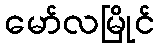
မော်လမြိုင်